Insane asylums in Bengal annual reports 1876-1887 - 1876-1887
Year: 1876
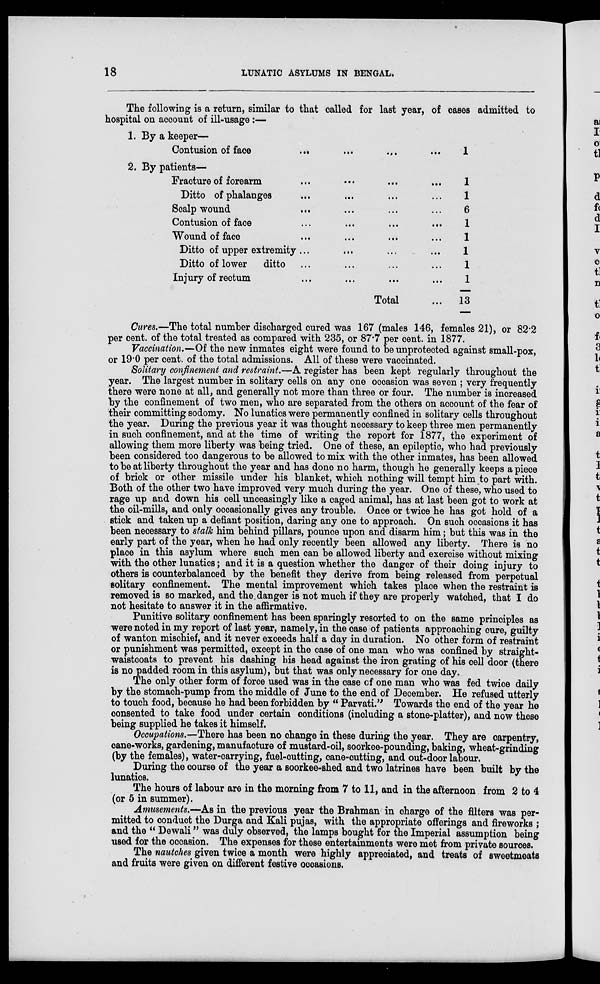
18
LUNATIC ASYLUMS IN BENGAL.
The following is a return, similar to that called for last year, of cases admitted to
hospital on account of ill-usage :—
1. By a keeper—
Contusion of face
... ... ... ...
1
2. By patients—
Fracture of forearm ... ... ... ...
Ditto of phalanges ... ... ... ...
Scalp wound ... ... ... ...
Contusion of face
...
...
...
...
Wound of face ... ... ... ...
Ditto of upper extremity ... ... ... ...
Ditto of lower ditto ... ... ... ...
Injury of rectum ... ... ... ...
Total ...
1
1
6
1
1
1
1
1
13
Cures.—The total number discharged cured was 167 (males 146, females 21), or 82.2
per cent. of the total treated as compared with 235, or 87.7 per cent. in 1877.
Vaccination.—Of the new inmates eight were found to be unprotected against small-pox,
or 19.0 per cent. of the total admissions. All of these were vaccinated.
Solitary confinement and restraint.—A register has been kept regularly throughout the
year. The largest number in solitary cells on any one occasion was seven ; very frequently
there were none at all, and generally not more than three or four. The number is increased
by the confinement of two men, who are separated from the others on account of the fear of
their committing sodomy. No lunatics were permanently confined in solitary cells throughout
the year. During the previous year it was thought necessary to keep three men permanently
in such confinement, and at the time of writing the report for 1877, the experiment of
allowing them more liberty was being tried. One of these, an epileptic, who had previously
been considered too dangerous to be allowed to mix with the other inmates, has been allowed
to be at liberty throughout the year and has done no harm, though he generally keeps a piece
of brick or other missile under his blanket, which nothing will tempt him to part with.
Both of the other two have improved very much during the year. One of these, who used to
rage up and down his cell unceasingly like a caged animal, has at last been got to work at
the oil-mills, and only occasionally gives any trouble. Once or twice he has got hold of a
stick and taken up a defiant position, daring any one to approach. On such occasions it has
been necessary to stalk him behind pillars, pounce upon and disarm him; but this was in the
early part of the year, when he had only recently been allowed any liberty. There is no
place in this asylum where such men can be allowed liberty and exercise without mixing
with the other lunatics; and it is a question whether the danger of their doing injury to
others is counterbalanced by the benefit they derive from being released from perpetual
solitary confinement. The mental improvement which takes place when the restraint is
removed is so marked, and the danger is not much if they are properly watched, that I do
not hesitate to answer it in the affirmative.
Punitive solitary confinement has been sparingly resorted to on the same principles as
were noted in my report of last year, namely, in the case of patients approaching cure, guilty
of wanton mischief, and it never exceeds half a day in duration. No other form of restraint
or punishment was permitted, except in the case of one man who was confined by straight-
waistcoats to prevent his dashing his head against the iron grating of his cell door (there
is no padded room in this asylum), but that was only necessary for one day.
The only other form of force used was in the case of one man who was fed twice daily
by the stomach-pump from the middle of June to the end of December. He refused utterly
to touch food, because he had been forbidden by “ Parvati.” Towards the end of the year he
consented to take food under certain conditions (including a stone-platter), and now these
being supplied he takes it himself.
Occupations.—There has been no change in these during the year. They are carpentry,
cane-works, gardening, manufacture of mustard-oil, soorkee-pounding, baking, wheat-grinding
(by the females), water-carrying, fuel-cutting, cane-cutting, and out-door labour.
During the course of the year a soorkee-shed and two latrines have been built by the
lunatics.
The hours of labour are in the morning from 7 to 11, and in the afternoon from 2 to 4
(or 5 in summer).
Amusements.—As in the previous year the Brahman in charge of the filters was per-
mitted to conduct the Durga and Kali pujas, with the appropriate offerings and fireworks ;
and the “ Dewali” was duly observed, the lamps bought for the Imperial assumption being
used for the occasion. The expenses for these entertainments were met from private sources.
The nautches given twice a month were highly appreciated, and treats of sweetmeats
and fruits were given on different festive occasions.